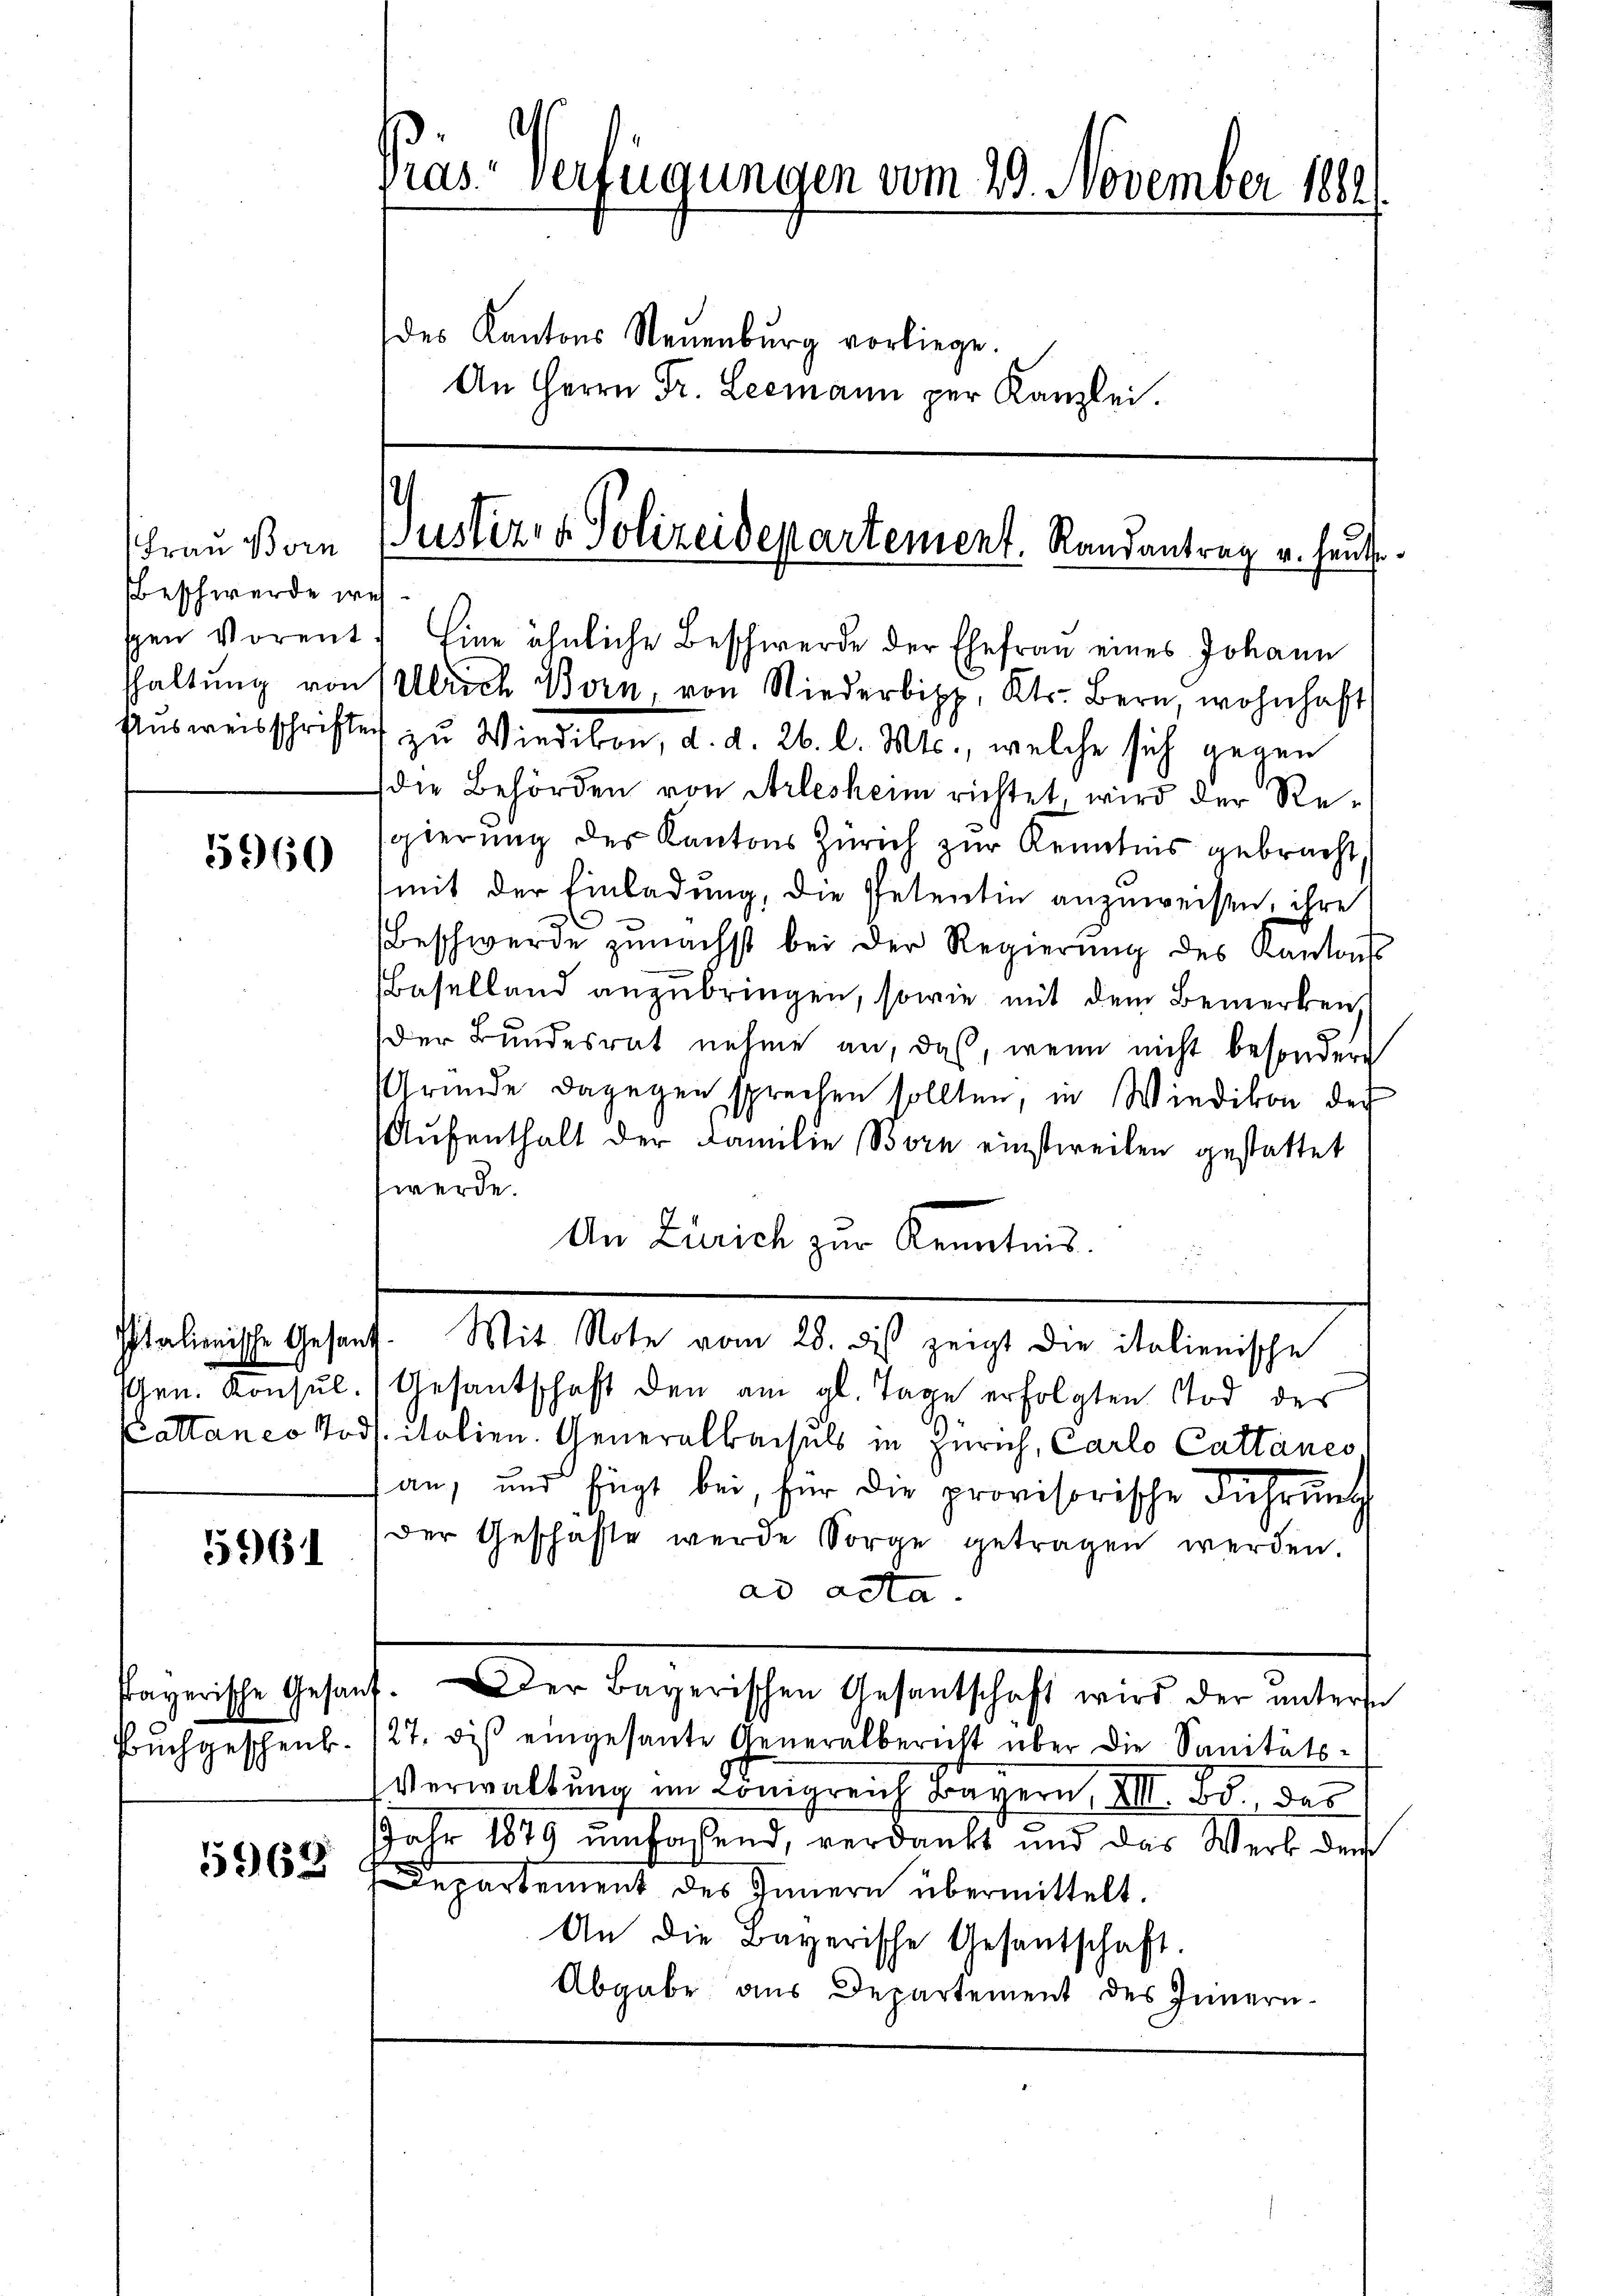
Frau Born
Beschwerde wes
gen Vorent

5960

Italienische Gesan
schen Konsul
Cattanco Tod

5961

srayerische Gesan
Buchgeschenk.

5962

Pras Verfügungen vom 29. November 1889
des Kantons Neuenburg vorliege.
An Herrn Fr. Leemann per Kanzlei.

Justiz- & Polizeidepartement. Randantrag u. heut

Eine ähnliche Beschwerde der Ehefrau eines Johann
hhaltung von Ulrich Born, von Nieder, Kts. Bern, wohnhaft
Aŭsweisschriften zu Wiedikon, d. d. 26. l. Mts., welche sich gegen
die Behörden von Arlesheim richtet, wird der Resgierung der Kantons Zürich zur Kenntnis gebracht,
mit der Einladung, die Petentin anzuweisen, ihre
Beschwerde zunächst bei der Regierŭng des Kantons
Baselland anzubringen, sowie mit dem Bemerken
der Bundesrat nehme an, daß, wenn nicht besondere
Gründe dagegen sprechen sollten, in Wiedikon der
Aŭfenthalt der Familie Born einstweilen gestattet
werde.
An Zürich zur Kenntnis
. Mit Note vom 28. dis zeigt die italienische
Gesantschaft den am gl. Tage erfolgten Tod des
/. italien. Generalbaisuls in Zürich, Carlo Cattanes
an, und fügt bei, für die provisorische Führung
Der Geschäfte wurde Sorge getragen werden.
ad acta.
. Der Bayerischen Gesantschaft wird der untern
27. diβ eingesante Generalbericht über die Sanitäts-
Verwaltung im Königreich Bayern III. Bd. der
JJahr 1879 umfassend, verdankt und das Werk dem
Departement des Innern übermittelt.
An die Bayerische Gesantschaft.
Abgabe aus Departement des Innern